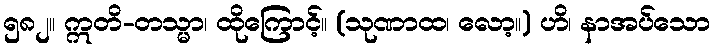
၅၈၂။ ဣတိ-တသ္မာ၊ ထိုကြောင့်။ (သုဏာထ၊ လော့။) ဟိ၊ နာအပ်သော